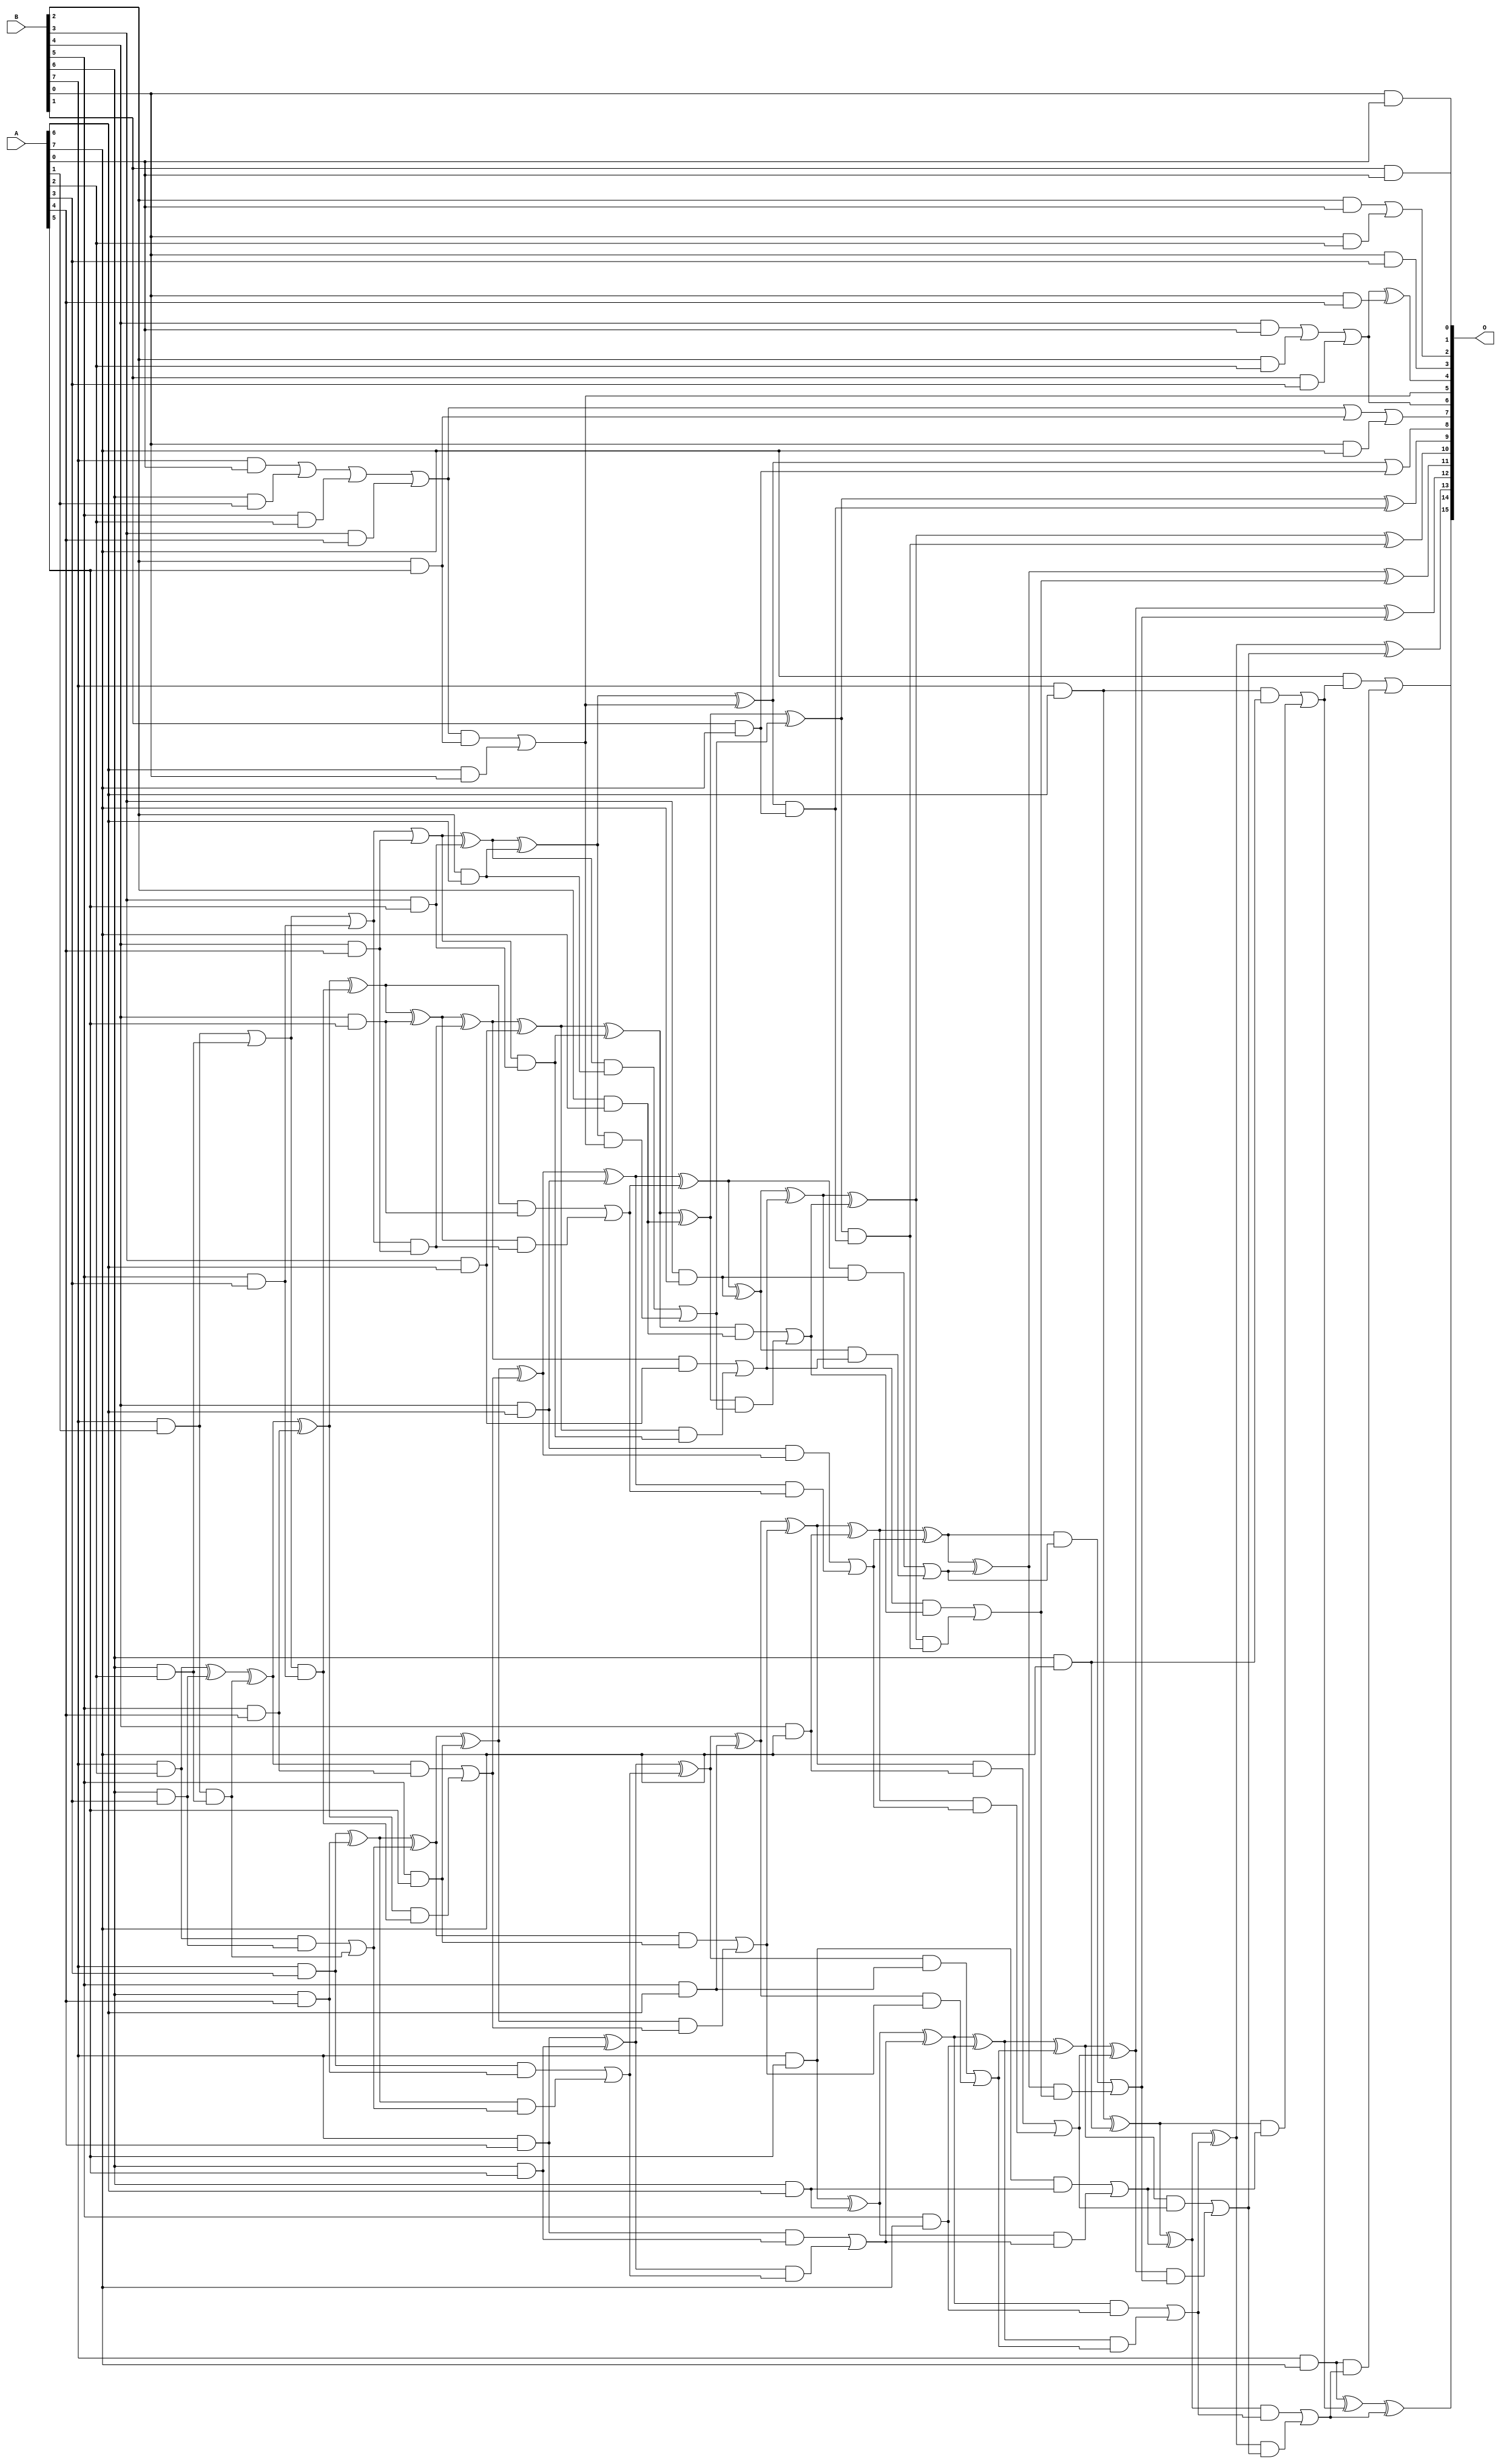
/***
* This code is a part of EvoApproxLib library (ehw.fit.vutbr.cz/approxlib) distributed under The MIT License.
* When used, please cite the following article(s): PRABAKARAN B. S., MRAZEK V., VASICEK Z., SEKANINA L., SHAFIQUE M. ApproxFPGAs: Embracing ASIC-based Approximate Arithmetic Components for FPGA-Based Systems. DAC 2020. 
***/
// MAE% = 0.23 %
// MAE = 152 
// WCE% = 1.25 %
// WCE = 822 
// WCRE% = 400.00 %
// EP% = 94.98 %
// MRE% = 4.52 %
// MSE = 37477 
// FPGA_POWER = 0.73
// FPGA_DELAY = 9.7
// FPGA_LUT = 48

module mul8u_FE8 (
    A,
    B,
    O
);

input [7:0] A;
input [7:0] B;
output [15:0] O;

wire sig_16,sig_17,sig_18,sig_20,sig_23,sig_30,sig_31,sig_44,sig_46,sig_48,sig_51,sig_52,sig_53,sig_54,sig_64,sig_79,sig_84,sig_85,sig_89,sig_90;
wire sig_94,sig_95,sig_96,sig_102,sig_122,sig_123,sig_127,sig_128,sig_130,sig_131,sig_132,sig_135,sig_136,sig_137,sig_138,sig_139,sig_140,sig_155,sig_160,sig_161;
wire sig_165,sig_166,sig_167,sig_168,sig_169,sig_170,sig_171,sig_172,sig_173,sig_174,sig_177,sig_178,sig_179,sig_180,sig_181,sig_182,sig_193,sig_194,sig_195,sig_197;
wire sig_198,sig_199,sig_203,sig_204,sig_205,sig_206,sig_207,sig_208,sig_209,sig_210,sig_211,sig_212,sig_213,sig_214,sig_215,sig_216,sig_217,sig_220,sig_221,sig_222;
wire sig_223,sig_224,sig_225,sig_235,sig_236,sig_237,sig_238,sig_239,sig_240,sig_241,sig_242,sig_243,sig_244,sig_245,sig_246,sig_248,sig_249,sig_250,sig_251,sig_252;
wire sig_253,sig_254,sig_255,sig_256,sig_257,sig_258,sig_259,sig_260,sig_261,sig_262,sig_263,sig_264,sig_265,sig_266,sig_267,sig_268,sig_269,sig_274,sig_275,sig_279;
wire sig_280,sig_281,sig_282,sig_283,sig_284,sig_285,sig_286,sig_287,sig_288,sig_289,sig_290,sig_291,sig_292,sig_293,sig_294,sig_295,sig_296,sig_297,sig_298,sig_299;
wire sig_300,sig_301,sig_302,sig_303,sig_306,sig_307,sig_311,sig_312,sig_313,sig_314,sig_315,sig_316,sig_317,sig_318,sig_319,sig_320,sig_321,sig_322,sig_323,sig_324;
wire sig_325,sig_326,sig_327,sig_328,sig_329,sig_330,sig_331,sig_332,sig_333,sig_334,sig_335;

assign sig_16 = B[0] & A[0];
assign sig_17 = B[1] & A[0];
assign sig_18 = B[2] & A[0];
assign sig_20 = B[4] & A[0];
assign sig_23 = B[7] & A[0];
assign sig_30 = B[6] & A[1];
assign sig_31 = B[7] & A[1];
assign sig_44 = sig_23 | sig_30;
assign sig_46 = B[0] & A[2];
assign sig_48 = B[2] & A[2];
assign sig_51 = B[5] & A[2];
assign sig_52 = B[6] & A[2];
assign sig_53 = B[7] & A[2];
assign sig_54 = sig_18 | sig_46;
assign sig_64 = sig_20 | sig_48;
assign sig_79 = sig_44 | sig_51;
assign sig_84 = sig_31 | sig_52;
assign sig_85 = sig_31 & sig_52;
assign sig_89 = B[0] & A[3];
assign sig_90 = B[1] & A[3];
assign sig_94 = B[5] & A[3];
assign sig_95 = B[6] & A[3];
assign sig_96 = B[7] & A[3];
assign sig_102 = sig_64 | sig_90;
assign sig_122 = sig_84 | sig_94;
assign sig_123 = sig_84 & sig_94;
assign sig_127 = sig_53 ^ sig_95;
assign sig_128 = sig_53 & sig_95;
assign sig_130 = sig_127 ^ sig_85;
assign sig_131 = sig_128 | sig_85;
assign sig_132 = B[0] & A[4];
assign sig_135 = B[3] & A[4];
assign sig_136 = B[4] & A[4];
assign sig_137 = B[5] & A[4];
assign sig_138 = B[6] & A[4];
assign sig_139 = B[7] & A[4];
assign sig_140 = sig_102 ^ sig_132;
assign sig_155 = sig_79 | sig_135;
assign sig_160 = sig_122 | sig_136;
assign sig_161 = sig_122 & sig_136;
assign sig_165 = sig_130 ^ sig_137;
assign sig_166 = sig_130 & sig_137;
assign sig_167 = sig_165 & sig_123;
assign sig_168 = sig_165 ^ sig_123;
assign sig_169 = sig_166 | sig_167;
assign sig_170 = sig_96 ^ sig_138;
assign sig_171 = sig_96 & sig_138;
assign sig_172 = sig_170 & sig_131;
assign sig_173 = sig_170 ^ sig_131;
assign sig_174 = sig_171 | sig_172;
assign sig_177 = B[2] & A[5];
assign sig_178 = B[3] & A[5];
assign sig_179 = B[4] & A[5];
assign sig_180 = B[5] & A[5];
assign sig_181 = B[6] & A[5];
assign sig_182 = B[7] & A[5];
assign sig_193 = sig_155 | sig_177;
assign sig_194 = sig_155 & sig_177;
assign sig_195 = A[6] & B[0];
assign sig_197 = sig_194 | sig_195;
assign sig_198 = sig_160 ^ sig_178;
assign sig_199 = sig_160 & sig_178;
assign sig_203 = sig_168 ^ sig_179;
assign sig_204 = sig_168 & sig_179;
assign sig_205 = sig_203 & sig_161;
assign sig_206 = sig_203 ^ sig_161;
assign sig_207 = sig_204 | sig_205;
assign sig_208 = sig_173 ^ sig_180;
assign sig_209 = sig_173 & sig_180;
assign sig_210 = sig_208 & sig_169;
assign sig_211 = sig_208 ^ sig_169;
assign sig_212 = sig_209 | sig_210;
assign sig_213 = sig_139 ^ sig_181;
assign sig_214 = sig_139 & sig_181;
assign sig_215 = sig_213 & sig_174;
assign sig_216 = sig_213 ^ sig_174;
assign sig_217 = sig_214 | sig_215;
assign sig_220 = B[2] & A[6];
assign sig_221 = B[3] & A[6];
assign sig_222 = B[4] & A[6];
assign sig_223 = B[5] & A[6];
assign sig_224 = B[6] & A[6];
assign sig_225 = B[7] & A[6];
assign sig_235 = sig_222 & sig_211;
assign sig_236 = sig_198 ^ sig_220;
assign sig_237 = sig_198 & sig_220;
assign sig_238 = sig_236 & sig_197;
assign sig_239 = sig_236 ^ sig_197;
assign sig_240 = sig_237 | sig_238;
assign sig_241 = sig_206 ^ sig_221;
assign sig_242 = sig_206 & sig_221;
assign sig_243 = sig_241 & sig_199;
assign sig_244 = sig_241 ^ sig_199;
assign sig_245 = sig_242 | sig_243;
assign sig_246 = sig_211 ^ sig_222;
assign sig_248 = sig_246 & sig_207;
assign sig_249 = sig_246 ^ sig_207;
assign sig_250 = sig_235 | sig_248;
assign sig_251 = sig_216 ^ sig_223;
assign sig_252 = sig_216 & sig_223;
assign sig_253 = sig_251 & sig_212;
assign sig_254 = sig_251 ^ sig_212;
assign sig_255 = sig_252 | sig_253;
assign sig_256 = sig_182 ^ sig_224;
assign sig_257 = sig_182 & sig_224;
assign sig_258 = sig_256 & sig_217;
assign sig_259 = sig_256 ^ sig_217;
assign sig_260 = sig_257 | sig_258;
assign sig_261 = B[0] & A[7];
assign sig_262 = B[1] & A[7];
assign sig_263 = B[2] & A[7];
assign sig_264 = B[3] & A[7];
assign sig_265 = B[4] & A[7];
assign sig_266 = B[5] & A[7];
assign sig_267 = B[6] & A[7];
assign sig_268 = B[7] & A[7];
assign sig_269 = sig_193 | sig_261;
assign sig_274 = sig_239 | sig_262;
assign sig_275 = sig_239 & sig_262;
assign sig_279 = sig_244 ^ sig_263;
assign sig_280 = sig_244 & sig_263;
assign sig_281 = sig_279 & sig_240;
assign sig_282 = sig_279 ^ sig_240;
assign sig_283 = sig_280 | sig_281;
assign sig_284 = sig_249 ^ sig_264;
assign sig_285 = sig_249 & sig_264;
assign sig_286 = sig_284 & sig_245;
assign sig_287 = sig_284 ^ sig_245;
assign sig_288 = sig_285 | sig_286;
assign sig_289 = sig_254 ^ sig_265;
assign sig_290 = sig_254 & sig_265;
assign sig_291 = sig_289 & sig_250;
assign sig_292 = sig_289 ^ sig_250;
assign sig_293 = sig_290 | sig_291;
assign sig_294 = sig_259 ^ sig_266;
assign sig_295 = sig_259 & sig_266;
assign sig_296 = sig_294 & sig_255;
assign sig_297 = sig_294 ^ sig_255;
assign sig_298 = sig_295 | sig_296;
assign sig_299 = sig_225 ^ sig_267;
assign sig_300 = sig_225 & sig_267;
assign sig_301 = sig_299 & sig_260;
assign sig_302 = sig_299 ^ sig_260;
assign sig_303 = sig_300 | sig_301;
assign sig_306 = sig_282 ^ sig_275;
assign sig_307 = sig_282 & sig_275;
assign sig_311 = sig_287 ^ sig_283;
assign sig_312 = sig_287 & sig_283;
assign sig_313 = sig_311 & sig_307;
assign sig_314 = sig_311 ^ sig_307;
assign sig_315 = sig_312 | sig_313;
assign sig_316 = sig_292 ^ sig_288;
assign sig_317 = sig_292 & sig_288;
assign sig_318 = sig_316 & sig_315;
assign sig_319 = sig_316 ^ sig_315;
assign sig_320 = sig_317 | sig_318;
assign sig_321 = sig_297 ^ sig_293;
assign sig_322 = sig_297 & sig_293;
assign sig_323 = sig_321 & sig_320;
assign sig_324 = sig_321 ^ sig_320;
assign sig_325 = sig_322 | sig_323;
assign sig_326 = sig_302 ^ sig_298;
assign sig_327 = sig_302 & sig_298;
assign sig_328 = sig_326 & sig_325;
assign sig_329 = sig_326 ^ sig_325;
assign sig_330 = sig_327 | sig_328;
assign sig_331 = sig_268 ^ sig_303;
assign sig_332 = A[7] & sig_303;
assign sig_333 = sig_268 & sig_330;
assign sig_334 = sig_331 ^ sig_330;
assign sig_335 = sig_332 | sig_333;

assign O[15] = sig_335;
assign O[14] = sig_334;
assign O[13] = sig_329;
assign O[12] = sig_324;
assign O[11] = sig_319;
assign O[10] = sig_314;
assign O[9] = sig_306;
assign O[8] = sig_274;
assign O[7] = sig_269;
assign O[6] = sig_102;
assign O[5] = sig_197;
assign O[4] = sig_140;
assign O[3] = sig_89;
assign O[2] = sig_54;
assign O[1] = sig_17;
assign O[0] = sig_16;

endmodule